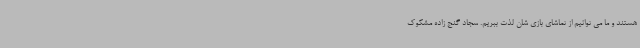
هستند و ما می توانیم از تماشای بازی شان لذت ببریم. سجاد گنج زاده مشکوک